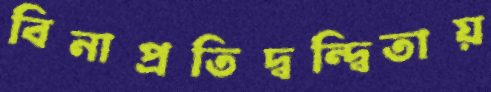
বিনাপ্রতিদ্বন্দ্বিতায়